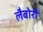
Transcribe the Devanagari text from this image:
लैबोरी